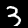
Label: 3